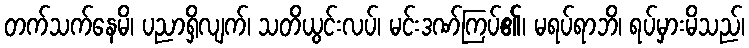
တက်သက်နေမိ၊ ပညာရှိလျက်၊ သတိယွင်းလပ်၊ မင်းဒဏ်ကြပ်၏၊ မရပ်ရာဘိ၊ ရပ်မှားမိသည်၊